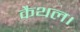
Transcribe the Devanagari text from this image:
कैथल।